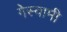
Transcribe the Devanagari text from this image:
गेस्वामी